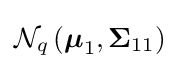
{\mathcal {N}}_{q}\left({\boldsymbol {\mu }}_{1},{\boldsymbol {\Sigma }}_{11}\right)